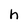
Character: h